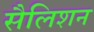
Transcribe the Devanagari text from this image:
सैलिशन